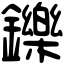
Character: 鑠